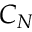
C _ { N }